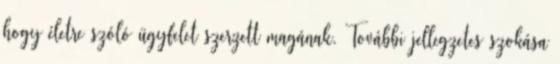
hogy életre szóló ügyfelet szerzett magának. További jellegzetes szokása